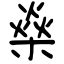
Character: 燊